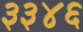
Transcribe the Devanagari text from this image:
३३४६